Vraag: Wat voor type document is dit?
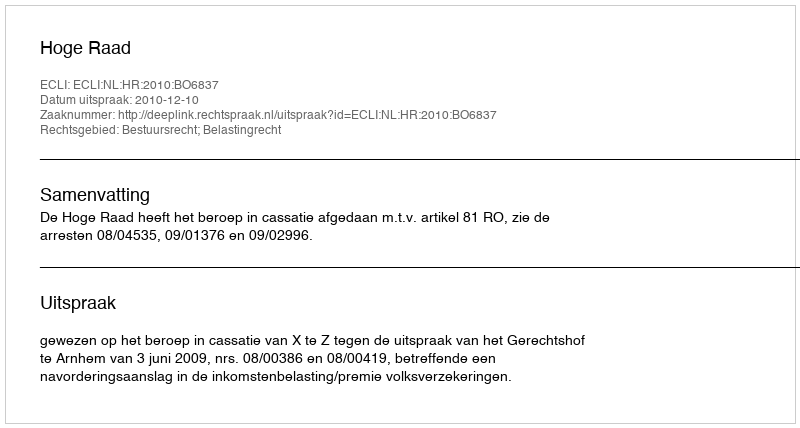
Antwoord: Uitspraak